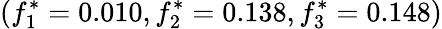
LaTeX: (f_{1}^{*}=0.010,f_{2}^{*}=0.138,f_{3}^{*}=0.148)